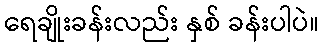
ရေချိုးခန်းလည်း နှစ် ခန်းပါပဲ။